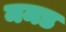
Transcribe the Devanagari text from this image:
ममड